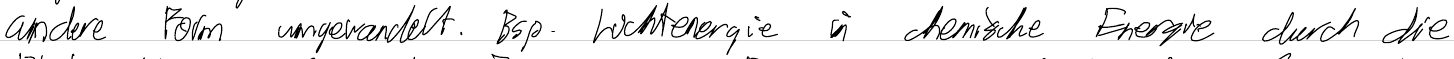
andere Form umgewandelt. Bsp. Lichtenergie in chemische Energie durch die